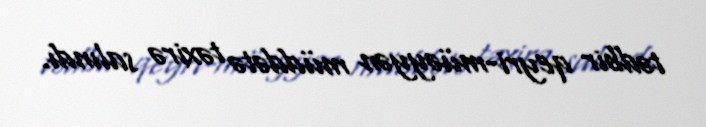
tədbir qeyri-müəyyən müddətə təxirə salındı.